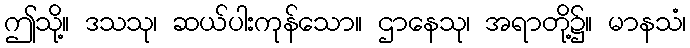
ဤသို့။ ဒသသု၊ ဆယ်ပါးကုန်သော။ ဌာနေသု၊ အရာတို့၌။ မာနသံ၊